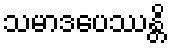
သမာဒပေဿန္တိ